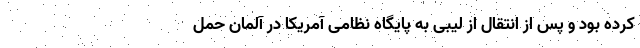
کرده بود و پس از انتقال از لیبی به پایگاه نظامی آمریکا در آلمان حمل